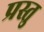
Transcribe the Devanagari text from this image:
प्रस्तु